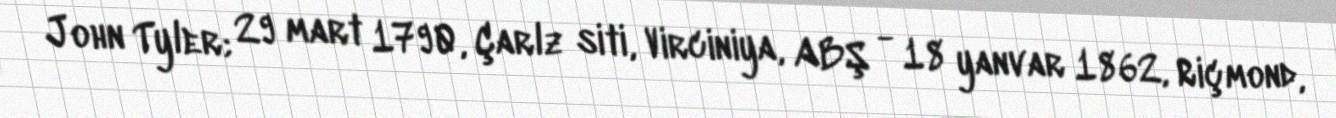
John Tyler; 29 mart 1790, Çarlz siti, Virciniya, ABŞ - 18 yanvar 1862, Riçmond,